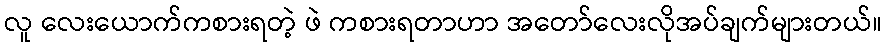
လူ လေးယောက်ကစားရတဲ့ ဖဲ ကစားရတာဟာ အတော်လေးလိုအပ်ချက်များတယ်။